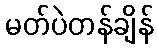
မတ်ပဲတန်ချိန်